Source: Handwritten
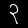
Digit: ၃ (3)